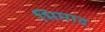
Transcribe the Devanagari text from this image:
भिमाद